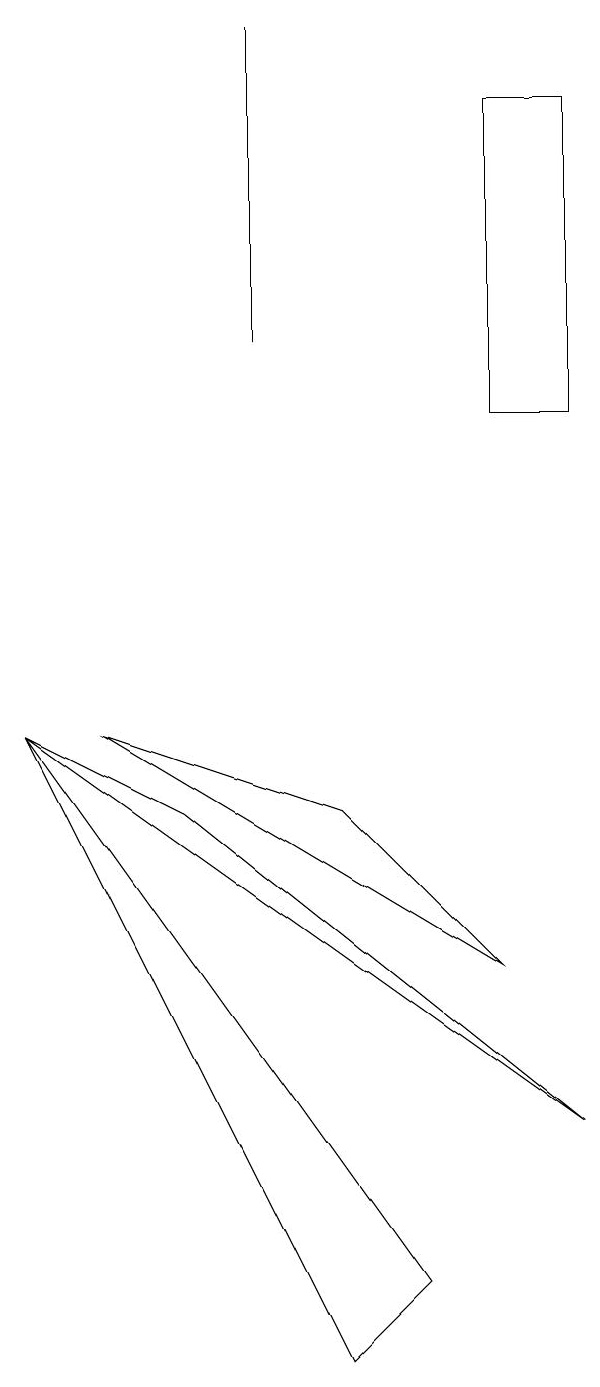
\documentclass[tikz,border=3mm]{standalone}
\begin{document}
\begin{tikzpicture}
\draw (7,13) rectangle (6,17);
\draw (3,18) rectangle (3,14);
\draw (2,8) -- (7,4) -- (0,9) -- cycle;
\draw (4,1) -- (5,2) -- (0,9) -- cycle;
\draw (6,6) -- (1,9) -- (4,8) -- cycle;
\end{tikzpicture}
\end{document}